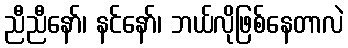
ညီညီနော်၊ နင်နော်၊ ဘယ်လိုဖြစ်နေတာလဲ